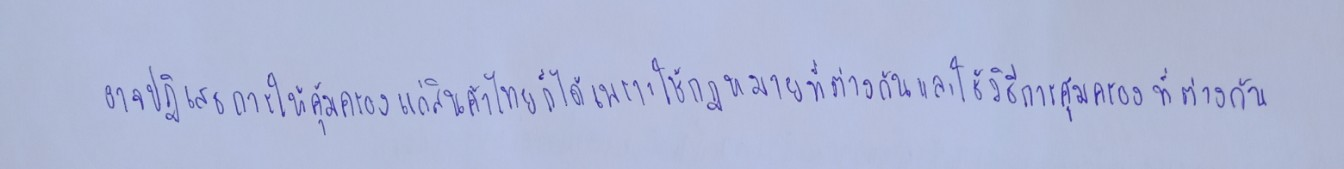
อาจปฏิเสธการให้ความคุ้มครองแก่สินค้าไทยก็ได้เพราะใช้กฏหมายที่ต่างกันและใช้วิธีการคุ้มครองที่ต่างกัน